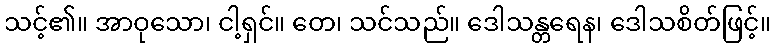
သင့်၏။ အာဝုသော၊ ငါ့ရှင်။ တေ၊ သင်သည်။ ဒေါသန္တရေန၊ ဒေါသစိတ်ဖြင့်။